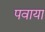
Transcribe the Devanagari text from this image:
पवाया